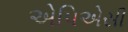
એપિએસી